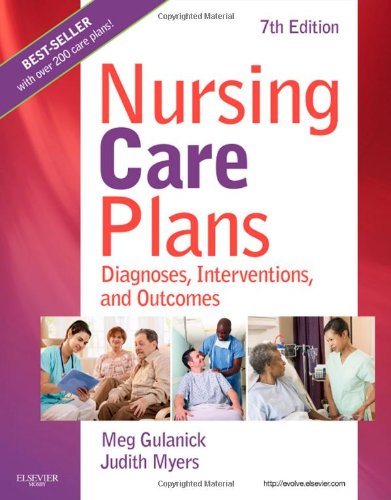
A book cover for Nursing Care Plans: Diagnoses, Interventions, and Outcomes, 7e; Meg Gulanick; Medical Books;